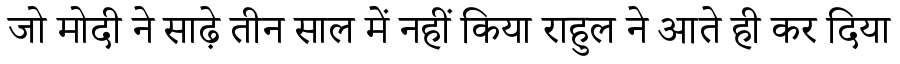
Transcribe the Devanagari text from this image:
जो मोदी ने साढ़े तीन साल में नहीं किया राहुल ने आते ही कर दिया